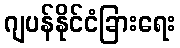
ဂျပန်နိုင်ငံခြားရေး